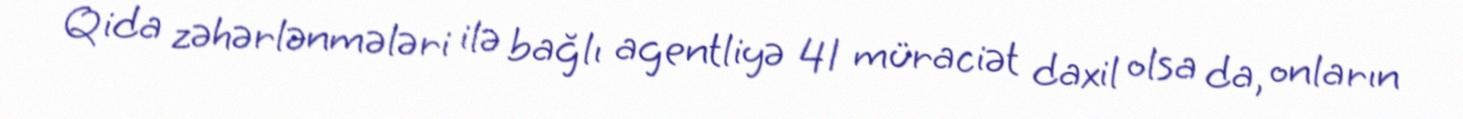
Qida zəhərlənmələri ilə bağlı agentliyə 41 müraciət daxil olsa da, onların